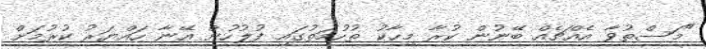
"މަސްތުވާ އެއްޗެއް ބޭނުން ކުރާ މިހާކު ތުހުމަތުގައި ފުލުހުން އޭނާ ހައްޔަރު ކުރުމަށް